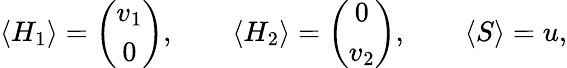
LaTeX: \langle H_{1}\rangle=\left(\begin{array}{c}{{v_{1}}}\\ {{0}}\end{array}\right),\qquad\langle H_{2}\rangle=\left(\begin{array}{c}{{0}}\\ {{v_{2}}}\end{array}\right),\qquad\langle S\rangle=u,